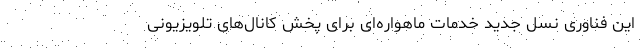
این فناوری نسل جدید خدمات ماهواره‌ای برای پخش کانال‌های تلویزیونی